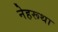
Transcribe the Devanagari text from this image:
नेहरूथा